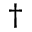
^ { \dag }